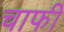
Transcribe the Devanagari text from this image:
चाफी